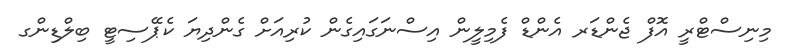
މިނިސްޓްރީ އޮފް ޖެންޑަރ އެންޑް ފެމިލީން އިސްނަގައިގެން ކުރިއަށް ގެންދިޔަ ކެޕޭސިޓީ ބިލްޑިންގ